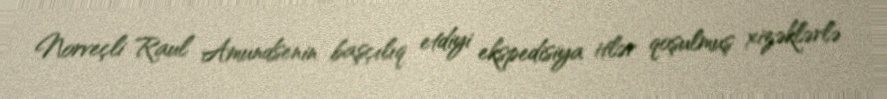
Norveçli Raul Amundsenin başçılıq etdiyi ekspedisiya itlər qoşulmuş xizəklərlə